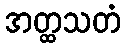
အတ္ထသတံ